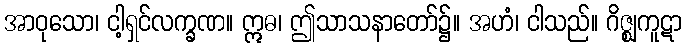
အာဝုသော၊ ငါ့ရှင်လက္ခဏ။ ဣဓ၊ ဤသာသနာတော်၌။ အဟံ၊ ငါသည်။ ဂိဇ္ဈကူဋာ